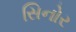
સિનોર